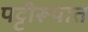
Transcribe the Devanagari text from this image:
पट्टीरूपात